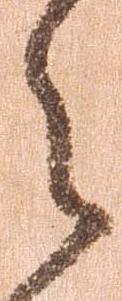
々